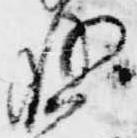
存